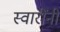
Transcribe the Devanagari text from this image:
स्वारींनी